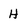
Character: H